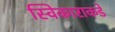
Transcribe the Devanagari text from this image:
स्विकाराकडे